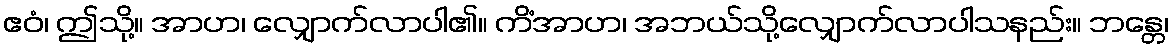
ဧဝံ၊ ဤသို့။ အာဟ၊ လျှောက်လာပါ၏။ ကိံအာဟ၊ အဘယ်သို့လျှောက်လာပါသနည်း။ ဘန္တေ၊